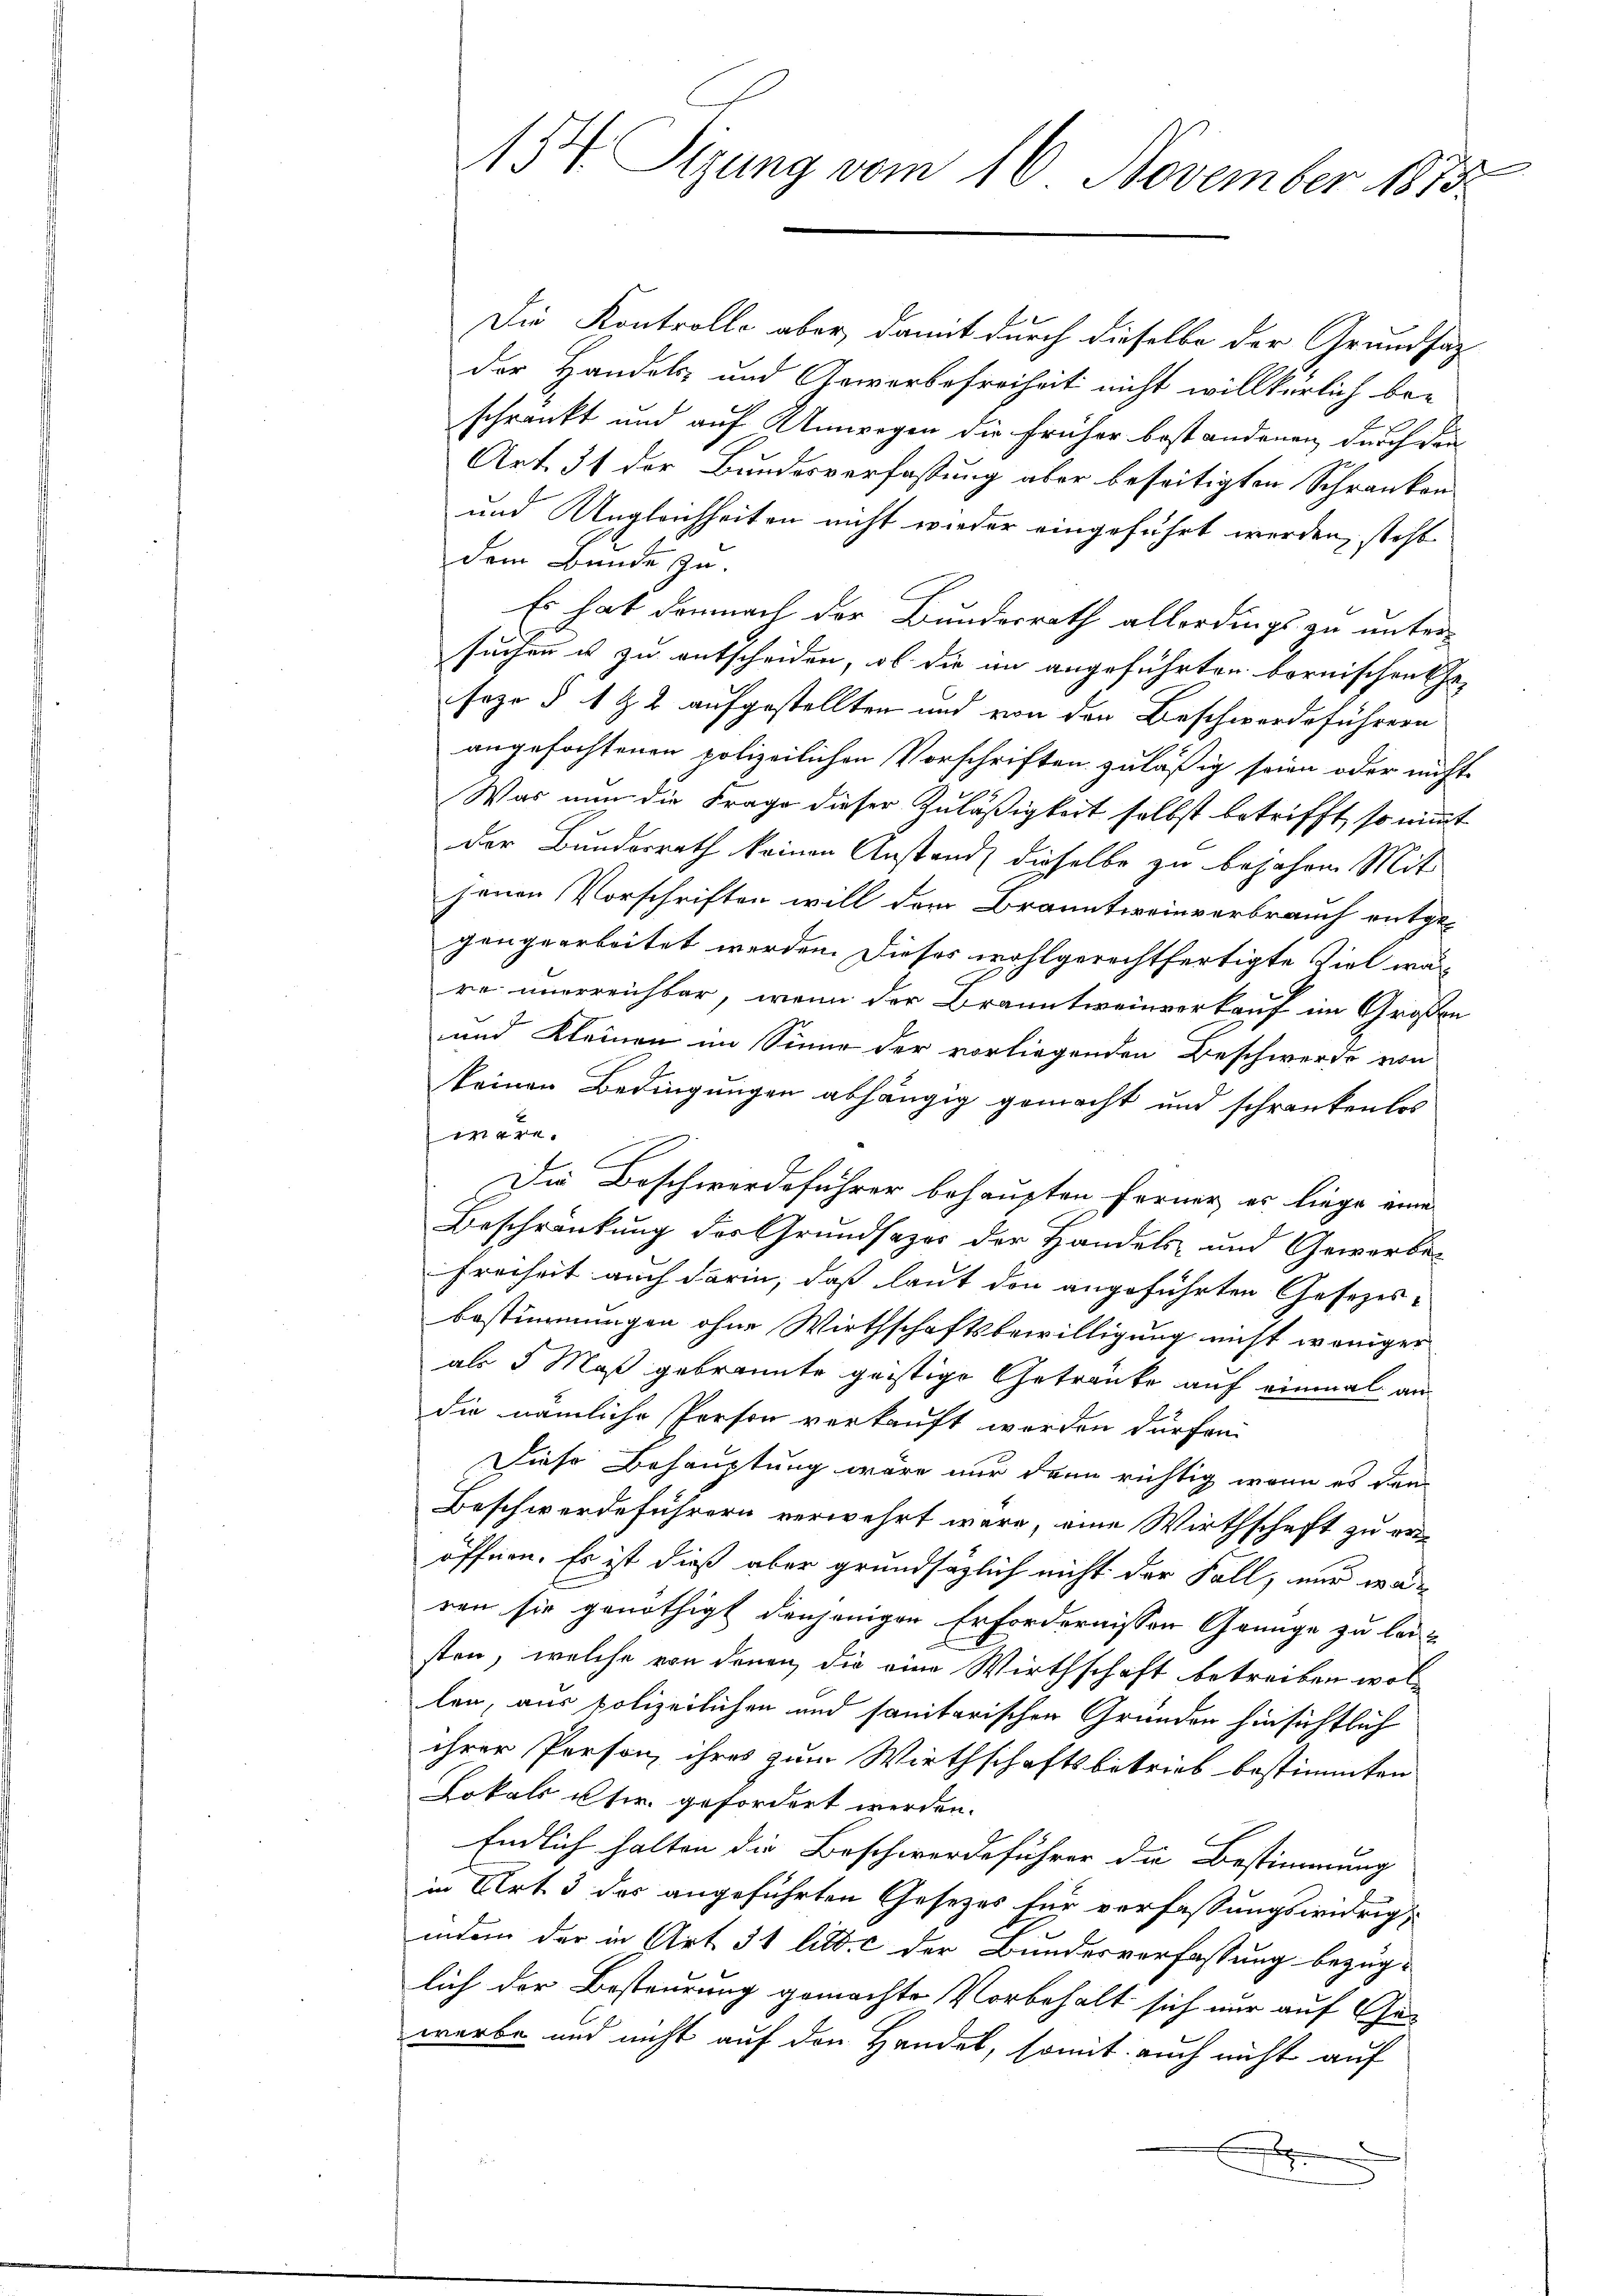
Die Kontrolle aber damit durch dieselbe der Grundsaz
der Handels- und Gewerbefreiheit nicht willkürlich be-
schränkt und auf Umwegen die früher bestandenen durch den
Art. 31 der Bundesverfassung aber beseitigten Schranken
und Ungleichheiten nicht wieder eingeführt werden, steht
dem Bunde zu.
Es hat demnach der Bundesrath allerdings zu untersuchen u zu entscheiden, ob die in angeführten bornischen Ehe-
seze § 1 & 2 aufgestellten und von den Beschwerdeführern
angefochtenen polizeilichen Vorschriften zuläßig seien oder nicht
Was nun die Frage dieser Zuläßigkeit selbst betrifft, so nimmt
der Bunderrath keinen Anstand, dieselbe zu bejahen Mit
jenen Vorschriften will der Branntweinverbrauch entgegengearbeitet werden. Dieses wohlgerechtfertigte Viel wäre unerreichbar, wenn der Branntweinverkauf im Großen
und Kleinen im Sinne der vorliegenden Beschwerde von
keinen Bedingungen abhängig gemacht und schränkenlos
wäre.
Die Beschwerdeführer behaupten ferner es liege eine
Beschrückung der Grundsazer der Handels- und Gewerbe¬
Freiheit auch darin, daß laut den angeführten Gesezes-
bestimmungen ohne Wirthschaftsbewilligung nicht weniger
als 5 Maß gebrannte geistige Getränke auf einmal an
die nämliche Person verkauft werden dürfen.
Diese Behauptung wäre nur dann richtig, wenn es den
Beschwerdeführern verwehrt wäre, eine Wirthschaft zu eröffnen. Es ist dieß aber grundsätzlich nicht der Fall, nur wär
ren sie genöthigt denjenigen Erfordernissen Genüge zu leisten, welche von denen die eine Wirthschaft betreiben wollen, aus polizeilichen und sanitarischen Gründen hinsichtlich
ihrer Person ihres zum Wirthschaftsbetrieb bestimmten
Lokals usw. gefordert werden.
Endlich halten die Beschwerdeführer die Bestimmung
in Art. 3 des angeführten Gesetzes für verfassungswidrig
indem der in Art. 31 litt. c der Bundesverfassung bezüg-
lich der Besteurung gemachte Vorbehalt sich nur auf Gewerbe und nicht auf den Handel, somit auch nicht auf
x
F

B
A54 Tigung vom 16. November 1873.